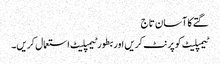
گتے کا آسان تاج
ٹیمپلیٹ کو پرنٹ کریں اور بطور ٹیمپلیٹ استعمال کریں۔